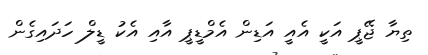
ތިޔާ ޖޭޕީ އަކީ އެއީ އަޑިން އެމްޑީޕީ އާއި އެކު ޑީލް ހަދައިގެން